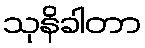
သုနိခါတာ